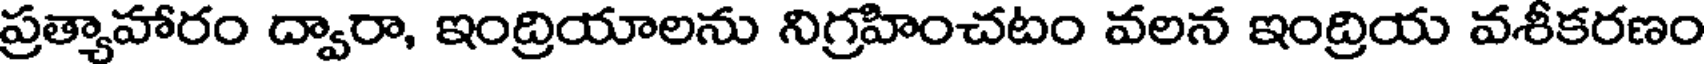
ప్రత్యాహారం ద్వారా, ఇంద్రియాలను నిగ్రహించటం వలన ఇంద్రియ వశీకరణం